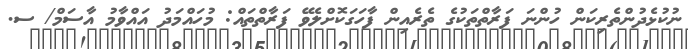
ނުކުޅެދުންތެރިކަން ހުންނަ ފަރާތްތަކުގެ ތެރެއިން ފާހަގަކޮށްލެވޭ ފަރާތްތައް: މުހައްމަދު އައްވާމު އާސަމް/ ސ.